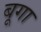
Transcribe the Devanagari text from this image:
बूगा